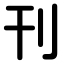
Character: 刊